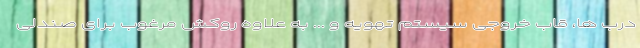
درب ها، قاب خروجی سیستم تهویه و ... به علاوه روکش مرغوب برای صندلی